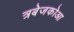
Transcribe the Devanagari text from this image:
त्रबेजकोआ